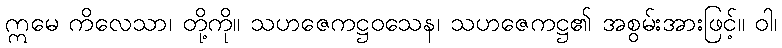
ဣမေ ကိလေသာ၊ တို့ကို။ သဟဇေကဋ္ဌဝသေန၊ သဟဇေကဋ္ဌ၏ အစွမ်းအားဖြင့်။ ဝါ၊